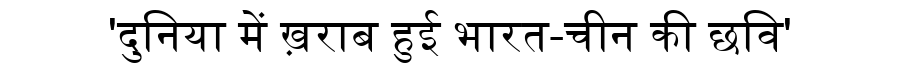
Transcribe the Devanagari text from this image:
'दुनिया में ख़राब हुई भारत-चीन की छवि'